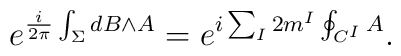
e^{\frac{i}{2\pi}\int_{\Sigma}{dB\wedge A}}= e^{i\sum_{I}2m^{I}\oint_{C^I}A}.